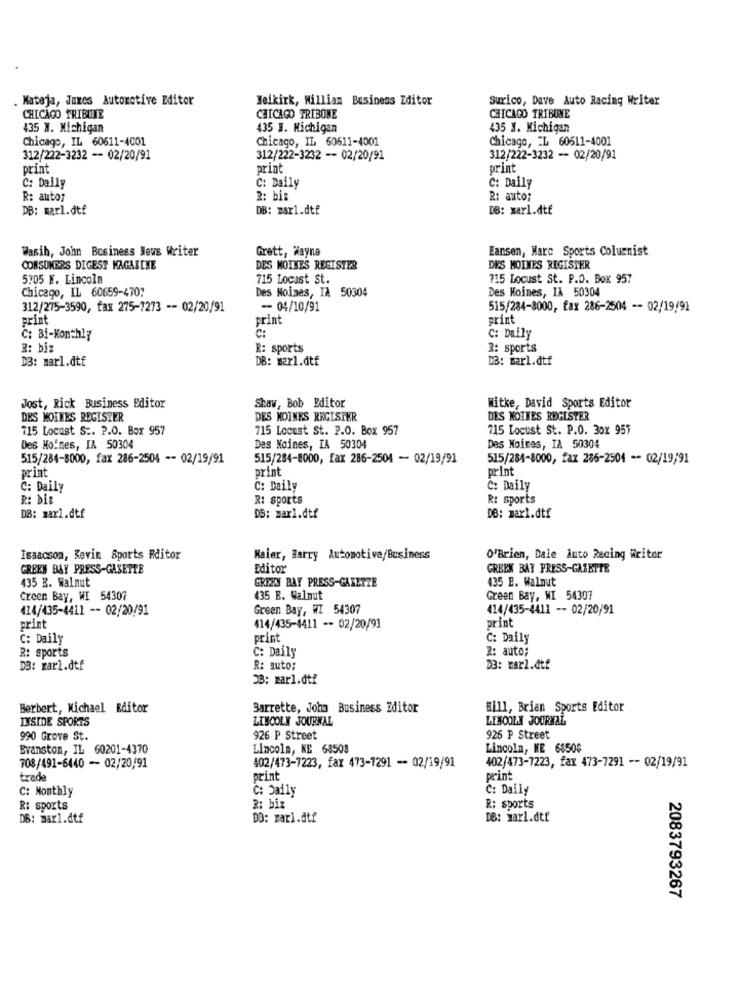
Mateja, Jaxes Automotive Editor
Yeikirk, William Business Editor
Surico, Dave Auto Racing Writer
CHICAGO TRIBUNE
CHICAGO TRIBUNE
CHICAGO TRIBUNE
435 M. Michigan
435 ]. Michigan
435 N. Michigan
Chicago, IL 60611-4001
Chicago, IL 60611-4001
Chicago, IL 60611-4001
312/222-3232 -- 02/20/91
312/222-3232 -- 02/20/91
312/222-3232 - 02/20/91
print
print
print
C: Daily
C: Daily
C: Daily
R: autor
2: bis
R: auto;
DB: marl.dtf
DB: mar1.dtf
DB: marl.dtf
Wasih, John Bosiness Meus Writer
Grett, Hayne
Eansen, Marc Sports Columnist
CONSUMERS DIGEST MAGAZINE
DES MOINES REGISTER
DES MOINES REGISTER
5705 N. Lincoln
715 Locast St.
715 Locust St. P.O. Box 957
Chicago, IL 60659-470:
Des Moines, IA 50304
Des Moines, IA 50304
312/275-3590, fax 275-7273 -- 02/20/91
-- 04/10/91
515/284-8000, fax 286-2504 -- 02/19/91
print
print
print
C:
C: Bi-Monthly
C: Daily
R: biz
R: sports
2: sports
DB: marl.dtf
DB: warl.dtf
DB: marl.dtf
Shaw, Bob Editor
Jost, Rick Business Editor
Witke, David Sports Editor
DES MOINES REGISTER
DES MOINES REGISTER
DES MOINES REGISTER
715 Locast S :. P.O. Box 957
715 Locust St. P.O. Box 957
715 Locust St. P.O. 3ox 955
Des Moines, IA 50304
Des Moines, IA 50304
Des Moines, IA 50304
515/284-8000, fax 286-2504 -- 02/19/91
515/284-8000, fax 286-2504 - 02/19/91
515/284-8000, fax 285-2504 -- 02/19;91
print
print
print
C: Daily
C: Daily
C: Daily
R: Diz
R: sports
R: sports
DB: marl.dtf
DS: marl.dtf
DB: marl.dtf
Isaacson, Kevin Sports Editor
Maier, Barry Automotive/Business
O'Brien, Dale Auto Racing Writer
GREEN BAY PRESS-GASETTE
Editor
GREEK BAT PRESS-GAZETTE
435 B. Walnut
435 E. Walnut
GREKY BAY PRESS-GAZETTE
Green Bay, WI 54307
435 B. Walnut
Green Bay, WI 54307
424/435-4411 -- 02/20/91
Green Bay, WI 54307
414/435-4411 -- 02/20/91
print
print
414/435-4411 -- 02/20/91
C: Daily
print
C: Daily
R: sports
C: Daily
R: auto;
DB: marl.dtf
R: auto;
D3: marl.dtf
OB: marl.dtf
Herbert, Michael Editor
Barrette, John Business Editor
Bill, Brian Sports Editor
IXSIDE SPORTS
LINCOLN JOURNAL
LINCOLN JOURNAL
990 Grove St.
926 P Street
926 P Street
Evanston, IL 60201-4370
Lincoln, KE 68508
Lincoln, KE 6850$
708/491-6440 - 02/20/91
402/473-7223, fax 473-1291 - 02/19/91
402/473-7223, fax 473-7291 -- 02/19/91
trade
print
print
C: Monthly
C: Daily
C: Daily
R: sports
R: biz
R: sports
DB: marl.dtf
DO: marl.dtf
DB: Harl.dtf
2083793267